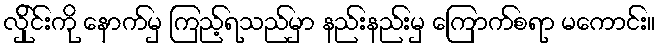
လ်ှိုင်းကို နောက်မှ ကြည့်ရသည်မှာ နည်းနည်းမှ ကြောက်စရာ မကောင်း။